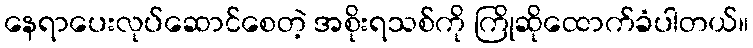
နေရာပေးလုပ်ဆောင်စေတဲ့ အစိုးရသစ်ကို ကြိုဆိုထောက်ခံပါတယ်။